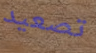
تصعيد